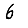
Digit: 6